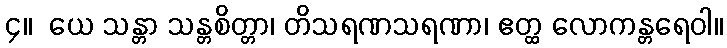
၄။  ယေ သန္တာ သန္တစိတ္တာ၊ တိသရဏသရဏာ၊ ဧတ္ထ လောကန္တရေဝါ။